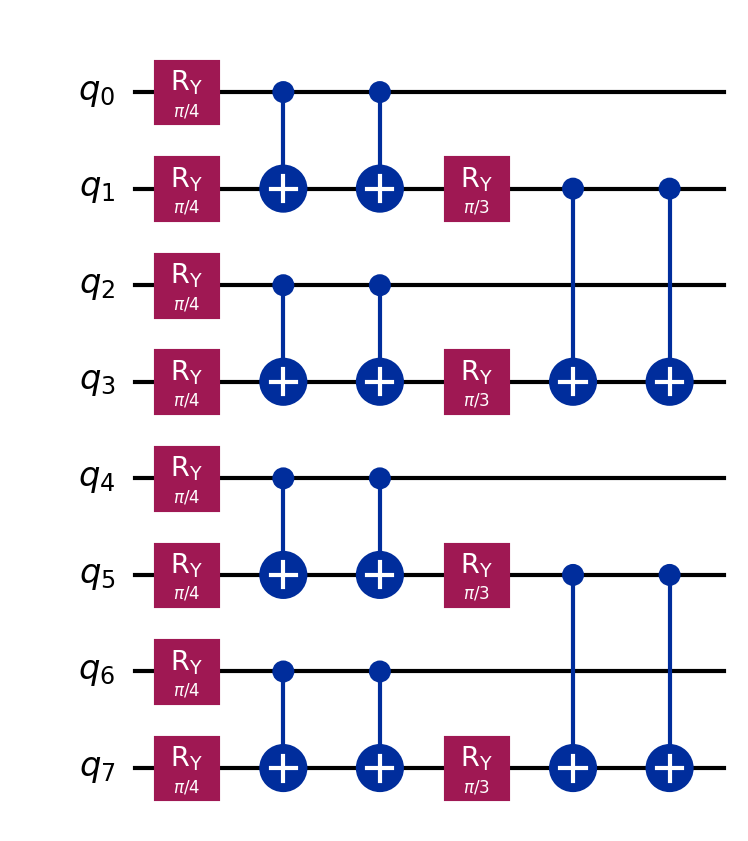
Description: Quantum convolutional neural network (8 qubits)
描述: 量子卷积神经网络（8量子比特）
Category: quantum_ml (difficulty: intermediate)
Qubits: 8, circuit depth: 6

Braket implementation:
import math
from braket.circuits import Circuit
circuit = Circuit()
for i in range(0, 8, 2):
    circuit.ry(i, math.pi / 4)
    circuit.ry(i + 1, math.pi / 4)
    circuit.cnot(i, i + 1)
for i in range(0, 8, 2):
    circuit.cnot(i, i + 1)
circuit.ry(1, math.pi / 3).ry(3, math.pi / 3).cnot(1, 3)
circuit.ry(5, math.pi / 3).ry(7, math.pi / 3).cnot(5, 7)
circuit.cnot(1, 3).cnot(5, 7)

Qiskit implementation:
import math
from qiskit import QuantumCircuit
circuit = QuantumCircuit(8)
for i in range(0, 8, 2):
    circuit.ry(math.pi / 4, i)
    circuit.ry(i + 1, math.pi / 4)
    circuit.cx(i, i + 1)
for i in range(0, 8, 2):
    circuit.cx(i, i + 1)
circuit.ry(math.pi / 3, 1).ry(math.pi / 3, 3).cx(1, 3)
circuit.ry(math.pi / 3, 5).ry(math.pi / 3, 7).cx(5, 7)
circuit.cx(1, 3).cx(5, 7)